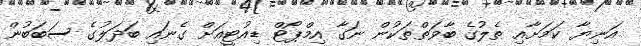
އަނިޔާ ކަމަށާއި ތެލުގެ ބާވަތްތަކުން ނަގާ އިމްޕޯޓް ޑިއުޓީއަށް ގެނައި ބަދަލުގެ ސަބަބުން